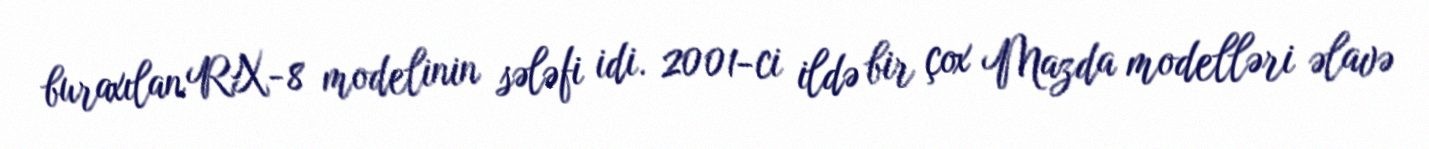
buraxılan RX-8 modelinin sələfi idi. 2001-ci ildə bir çox Mazda modelləri əlavə